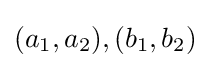
(a_{1},a_{2}),(b_{1},b_{2})